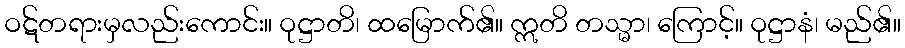
ဝဋ်တရားမှလည်းကောင်း။ ဝုဋ္ဌာတိ၊ ထမြောက်၏။ ဣတိ တသ္မာ၊ ကြောင့်။ ဝုဋ္ဌာနံ၊ မည်၏။